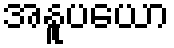
အနူပယော